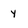
Character: y